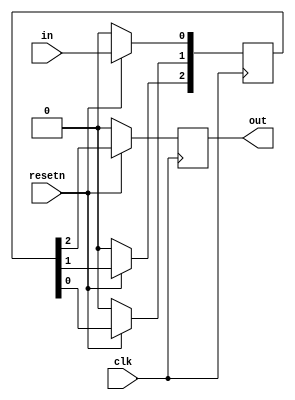
module top_module (
    input clk,
    input resetn,   // synchronous reset
    input in,
    output reg out);
    
    reg [2:0] q;
    
    always @(posedge clk) begin
        if(~resetn) begin
            q <= 3'b0;
            out <= 1'b0;
        end
        else begin
            q[0] <= in;
            q[1] <= q[0];
            q[2] <= q[1];
            out <= q[2];
        end
    end

endmodule